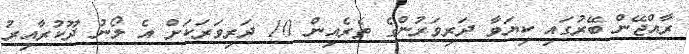
ރާއްޖޭން ބޭރުގައި ކިޔަވާ ދަރިވަރުންގެ ތެރެއިން 10 ދަރިވަރަކަށް އެ ލޯނު ދޫކުރާއިރު